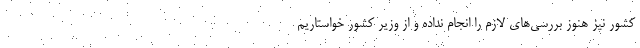
کشور نیز هنوز بررسی‌های لازم را انجام نداده و از وزیر کشور خواستاریم